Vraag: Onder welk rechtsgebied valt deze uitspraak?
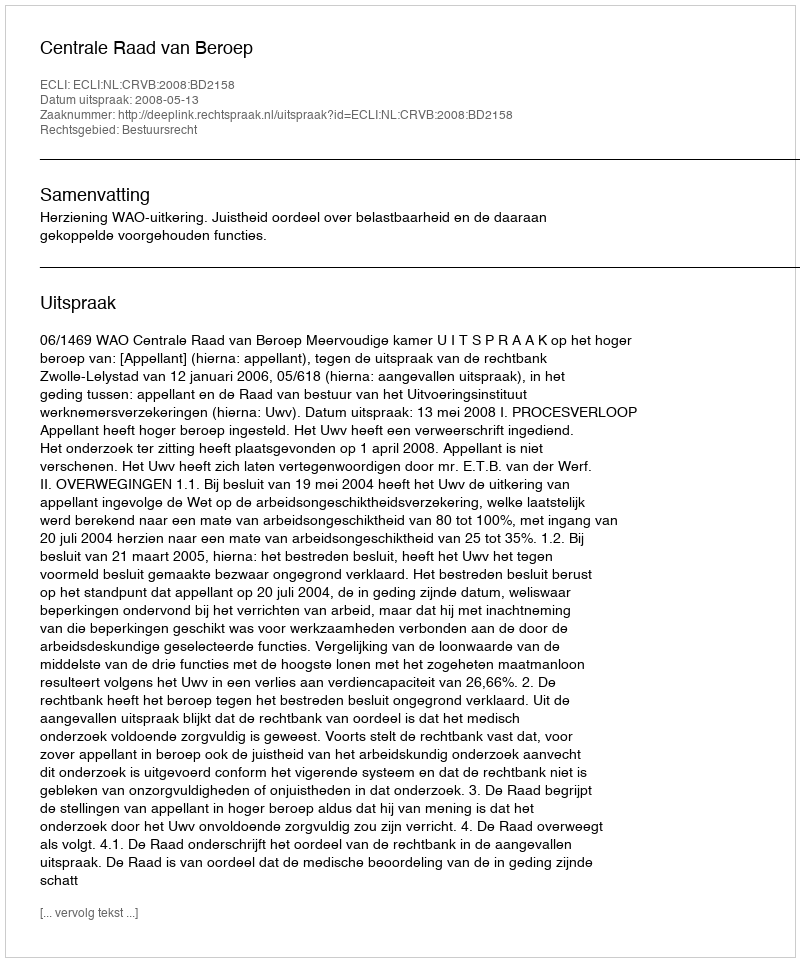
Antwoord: Bestuursrecht